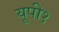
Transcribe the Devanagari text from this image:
यूपी१